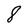
Character: 8